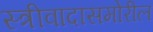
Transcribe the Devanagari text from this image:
स्त्रीवादासमोरील